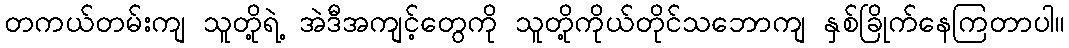
တကယ်တမ်းကျ သူတို့ရဲ့ အဲဒီအကျင့်တွေကို သူတို့ကိုယ်တိုင်သဘောကျ နှစ်ခြိုက်နေကြတာပါ။